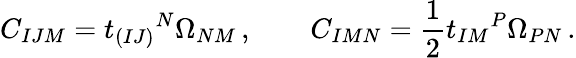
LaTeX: C_{IJM}=t_{(IJ)}{}^{N}\Omega_{NM}\, ,\qquad C_{IMN}=\frac 12t_{IM}{}^{P}\Omega_{PN}\, .